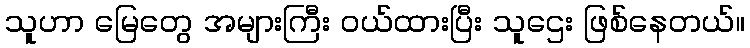
သူဟာ မြေတွေ အများကြီး ဝယ်ထားပြီး သူဌေး ဖြစ်နေတယ်။